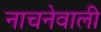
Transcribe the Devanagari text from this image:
नाचनेवाली